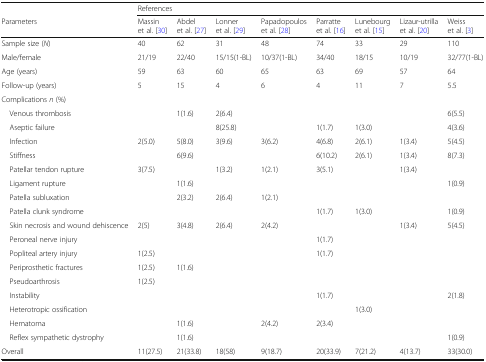
<table><thead><tr><td></td><td colspan="8"><b>References</b></td></tr><tr><td><b>Parameters</b></td><td><b>Massin et al. [30]</b></td><td><b>Abdel et al. [27]</b></td><td><b>Lonner et al. [29]</b></td><td><b>Papadopoulos et al. [28]</b></td><td><b>Parratte et al. [16]</b></td><td><b>Lunebourg et al. [15]</b></td><td><b>Lizaur-utrilla et al. [20]</b></td><td><b>Weiss et al. [3]</b></td></tr></thead><tbody><tr><td>Sample size (<i>N</i>)</td><td>40</td><td>62</td><td>31</td><td>48</td><td>74</td><td>33</td><td>29</td><td>110</td></tr><tr><td>Male/female</td><td>21/19</td><td>22/40</td><td>15/15(1-BL)</td><td>10/37(1-BL)</td><td>34/40</td><td>18/15</td><td>10/19</td><td>32/77(1-BL)</td></tr><tr><td>Age (years)</td><td>59</td><td>63</td><td>60</td><td>65</td><td>63</td><td>69</td><td>57</td><td>64</td></tr><tr><td>Follow-up (years)</td><td>5</td><td>15</td><td>4</td><td>6</td><td>4</td><td>11</td><td>7</td><td>5.5</td></tr><tr><td colspan="9">Complications <i>n</i> (%)</td></tr><tr><td> Venous thrombosis</td><td></td><td>1(1.6)</td><td>2(6.4)</td><td></td><td></td><td></td><td></td><td>6(5.5)</td></tr><tr><td> Aseptic failure</td><td></td><td></td><td>8(25.8)</td><td></td><td>1(1.7)</td><td>1(3.0)</td><td></td><td>4(3.6)</td></tr><tr><td> Infection</td><td>2(5.0)</td><td>5(8.0)</td><td>3(9.6)</td><td>3(6.2)</td><td>4(6.8)</td><td>2(6.1)</td><td>1(3.4)</td><td>5(4.5)</td></tr><tr><td> Stiffness</td><td></td><td>6(9.6)</td><td></td><td></td><td>6(10.2)</td><td>2(6.1)</td><td>1(3.4)</td><td>8(7.3)</td></tr><tr><td> Patellar tendon rupture</td><td>3(7.5)</td><td></td><td>1(3.2)</td><td>1(2.1)</td><td>3(5.1)</td><td></td><td>1(3.4)</td><td></td></tr><tr><td> Ligament rupture</td><td></td><td>1(1.6)</td><td></td><td></td><td></td><td></td><td></td><td>1(0.9)</td></tr><tr><td> Patella subluxation</td><td></td><td>2(3.2)</td><td>2(6.4)</td><td>1(2.1)</td><td></td><td></td><td></td><td></td></tr><tr><td> Patella clunk syndrome</td><td></td><td></td><td></td><td></td><td>1(1.7)</td><td>1(3.0)</td><td></td><td>1(0.9)</td></tr><tr><td> Skin necrosis and wound dehiscence</td><td>2(5)</td><td>3(4.8)</td><td>2(6.4)</td><td>2(4.2)</td><td></td><td></td><td>1(3.4)</td><td>5(4.5)</td></tr><tr><td> Peroneal nerve injury</td><td></td><td></td><td></td><td></td><td>1(1.7)</td><td></td><td></td><td></td></tr><tr><td> Popliteal artery injury</td><td>1(2.5)</td><td></td><td></td><td></td><td>1(1.7)</td><td></td><td></td><td></td></tr><tr><td> Periprosthetic fractures</td><td>1(2.5)</td><td>1(1.6)</td><td></td><td></td><td></td><td></td><td></td><td></td></tr><tr><td> Pseudoarthrosis</td><td>1(2.5)</td><td></td><td></td><td></td><td></td><td></td><td></td><td></td></tr><tr><td> Instability</td><td></td><td></td><td></td><td></td><td>1(1.7)</td><td></td><td></td><td>2(1.8)</td></tr><tr><td> Heterotropic ossification</td><td></td><td></td><td></td><td></td><td></td><td>1(3.0)</td><td></td><td></td></tr><tr><td> Hematoma</td><td></td><td>1(1.6)</td><td></td><td>2(4.2)</td><td>2(3.4)</td><td></td><td></td><td></td></tr><tr><td> Reflex sympathetic dystrophy</td><td></td><td>1(1.6)</td><td></td><td></td><td></td><td></td><td></td><td>1(0.9)</td></tr><tr><td>Overall</td><td>11(27.5)</td><td>21(33.8)</td><td>18(58)</td><td>9(18.7)</td><td>20(33.9)</td><td>7(21.2)</td><td>4(13.7)</td><td>33(30.0)</td></tr></tbody></table>